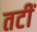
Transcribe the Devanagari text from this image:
तटीं